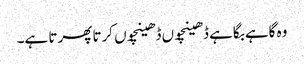
وہ گاہے بگاہے ڈھینچوں ڈھینچوں کرتا پھرتا ہے۔